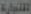
التجارة